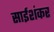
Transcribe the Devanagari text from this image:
साईशंकर